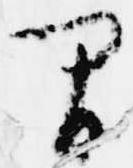
間